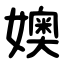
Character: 㜩